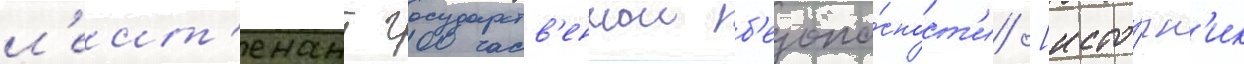
л'еит'енант государств'еннои б'езопа́сност'и [исто́чн'ик